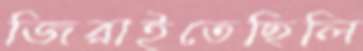
জিরাইতেছিলি